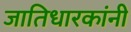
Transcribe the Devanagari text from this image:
जातिधारकांनी